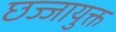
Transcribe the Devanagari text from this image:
छज्जायुक्त